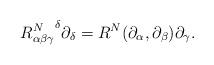
LaTeX: \begin{align*}{R^N_{\alpha\beta\gamma}}^\delta\partial_\delta=R^N(\partial_\alpha,\partial_\beta)\partial_\gamma.\end{align*}